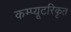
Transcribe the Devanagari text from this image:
कम्प्यूटरिकृत